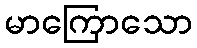
မာကြောသော